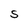
Character: S